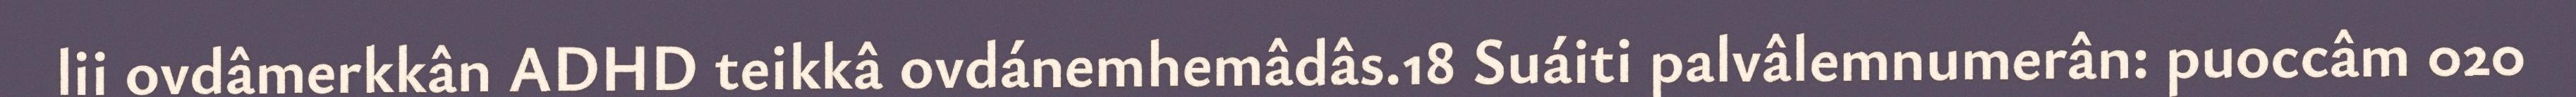
lii ovdâmerkkân ADHD teikkâ ovdánemhemâdâs.18 Suáiti palvâlemnumerân: puoccâm 020